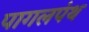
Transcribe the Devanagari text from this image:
पागलपंथ